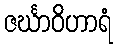
ဇင်္ဃာဝိဟာရံ